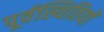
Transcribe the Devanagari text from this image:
पूर्वस्थितियों